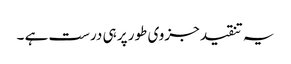
یہ تنقید جزوی طور پر ہی درست ہے ۔